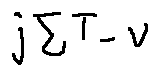
j ^ { \sum T - v }